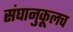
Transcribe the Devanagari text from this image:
संघानुकूलच